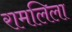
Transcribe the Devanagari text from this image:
रामलिला